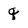
Character: q